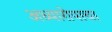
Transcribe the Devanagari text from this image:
अध्यारोपाचा